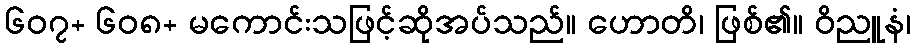
၆၀၇+ ၆၀၈+ မကောင်းသဖြင့်ဆိုအပ်သည်။ ဟောတိ၊ ဖြစ်၏။ ဝိညူနံ၊